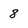
Character: 8